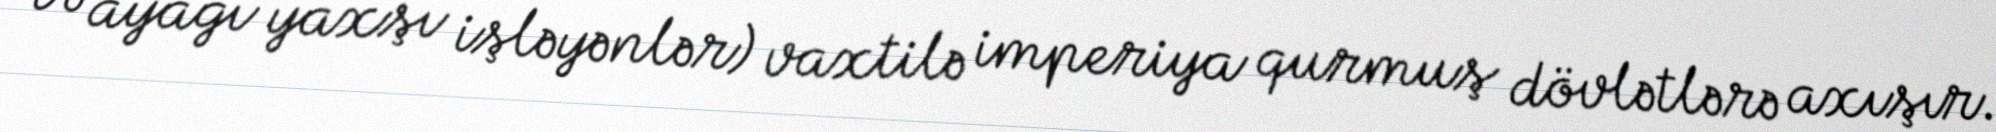
və ayağı yaxşı işləyənlər) vaxtilə imperiya qurmuş dövlətlərə axışır.